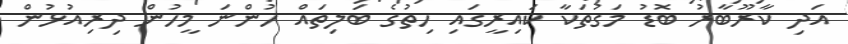
އަދި ކާރޫބާރު ބޮޑު މަގުތަކާ ކައިރީގައި ހިތުގެ ބަލިތައް ހުންނަ މީހުން ދިރިއުޅުން